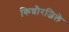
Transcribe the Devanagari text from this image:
किन्नौरजिले